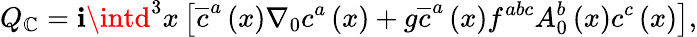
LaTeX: Q_{\mathbb{C}}=\mathbf{i}\intd^{3}x\left[\overline{{{{c}}}}^{a}\left(x\right)\nabla_{0}c^{a}\left(x\right)+g\overline{{{{c}}}}^{a}\left(x\right)f^{abc}A_{0}^{b}\left(x\right)c^{c}\left(x\right)\right],